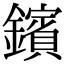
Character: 鑌